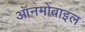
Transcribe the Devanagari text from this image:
ऑनमोबाइल